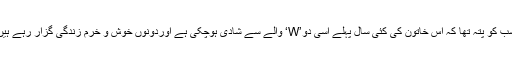
سب کو پتہ تھا کہ اس خاتون کی کئی سال پہلے اسی دو’W‘ والے سے شادی ہوچکی ہے اوردونوں خوش و خرم زندگی گزار رہے ہیں۔